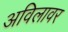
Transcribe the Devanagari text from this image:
अविलावर